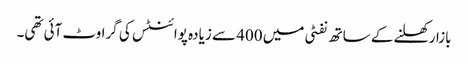
بازار کھلنے کے ساتھ نفٹی میں 400 سے زیادہ پوائنٹس کی گراوٹ آئی تھی۔